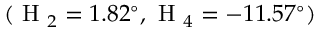
( \mathrm { ~ H ~ } _ { 2 } = 1 . 8 2 ^ { \circ } , \mathrm { ~ H ~ } _ { 4 } = - 1 1 . 5 7 ^ { \circ } )